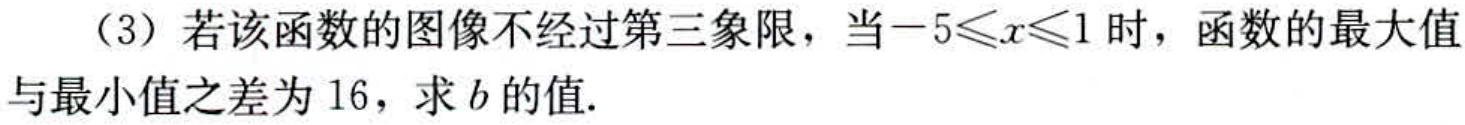
（3）若该函数的图像不经过第三象限，当\(-5\leqslant x\leqslant1\)时，函数的最大值与最小值之差为\(16\)，求\(b\)的值.